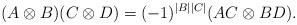
\begin{align*}(A\otimes B)(C\otimes D) = (-1)^{|B||C|}(AC\otimes BD).\end{align*}